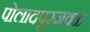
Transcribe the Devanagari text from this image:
पोलादपूरजवळ